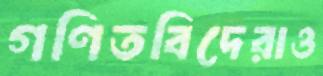
গণিতবিদেরাও